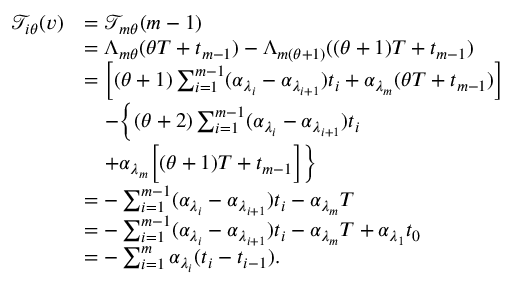
\begin{array} { r l } { \mathcal { T } _ { i \theta } ( v ) } & { = \mathcal { T } _ { m \theta } ( m - 1 ) } \\ & { = \Lambda _ { m \theta } ( \theta T + t _ { m - 1 } ) - \Lambda _ { m ( \theta + 1 ) } ( ( \theta + 1 ) T + t _ { m - 1 } ) } \\ & { = \Big [ ( \theta + 1 ) \sum _ { i = 1 } ^ { m - 1 } ( \alpha _ { \lambda _ { i } } - \alpha _ { \lambda _ { i + 1 } } ) t _ { i } + \alpha _ { \lambda _ { m } } ( \theta T + t _ { m - 1 } ) \Big ] } \\ & { \quad - \bigg \{ ( \theta + 2 ) \sum _ { i = 1 } ^ { m - 1 } ( \alpha _ { \lambda _ { i } } - \alpha _ { \lambda _ { i + 1 } } ) t _ { i } } \\ & { \quad + \alpha _ { \lambda _ { m } } \Big [ ( \theta + 1 ) T + t _ { m - 1 } \Big ] \bigg \} } \\ & { = - \sum _ { i = 1 } ^ { m - 1 } ( \alpha _ { \lambda _ { i } } - \alpha _ { \lambda _ { i + 1 } } ) t _ { i } - \alpha _ { \lambda _ { m } } T } \\ & { = - \sum _ { i = 1 } ^ { m - 1 } ( \alpha _ { \lambda _ { i } } - \alpha _ { \lambda _ { i + 1 } } ) t _ { i } - \alpha _ { \lambda _ { m } } T + \alpha _ { \lambda _ { 1 } } t _ { 0 } } \\ & { = - \sum _ { i = 1 } ^ { m } \alpha _ { \lambda _ { i } } ( t _ { i } - t _ { i - 1 } ) . } \end{array}